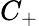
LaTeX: C_{+}